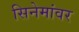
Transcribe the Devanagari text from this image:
सिनेमांवर